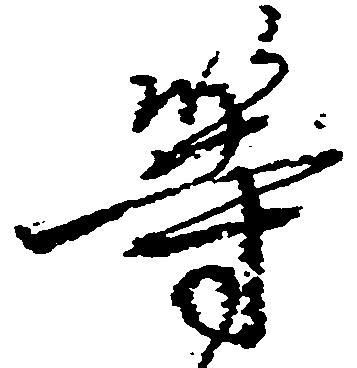
等